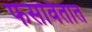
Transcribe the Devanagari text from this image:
फसवितात